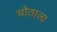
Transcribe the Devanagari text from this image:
चौताला